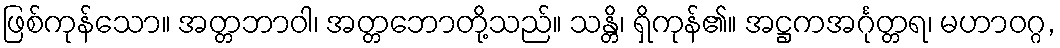
ဖြစ်ကုန်သော။ အတ္တဘာဝါ၊ အတ္တဘောတို့သည်။ သန္တိ၊ ရှိကုန်၏။ အဋ္ဌကအင်္ဂုတ္တရ၊ မဟာဝဂ္ဂ,